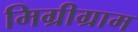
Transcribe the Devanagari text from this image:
मिग्रीग्राम